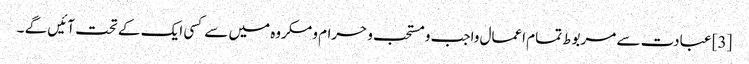
[3] عبادت سے مربوط تمام اعمال واجب و مستحب و حرام و مکروه میں سے کسی ایک کے تحت آئیں گے ۔